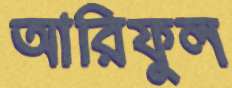
আরিফুল